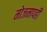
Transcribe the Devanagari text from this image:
मोजमापही